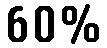
60%